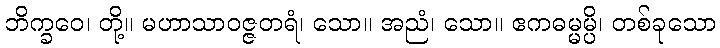
ဘိက္ခဝေ၊ တို့။ မဟာသာဝဇ္ဇတရံ၊ သော။ အညံ၊ သော။ ဧကဓမ္မမ္ပိ၊ တစ်ခုသော